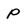
Character: p